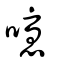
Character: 嚘